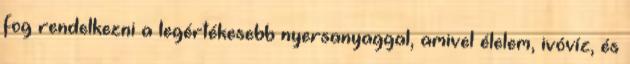
fog rendelkezni a legértékesebb nyersanyaggal, amivel élelem, ivóvíz, és